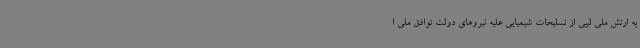
به ارتش ملی لیبی از تسلیحات شیمیایی علیه نیروهای دولت توافق ملی ا